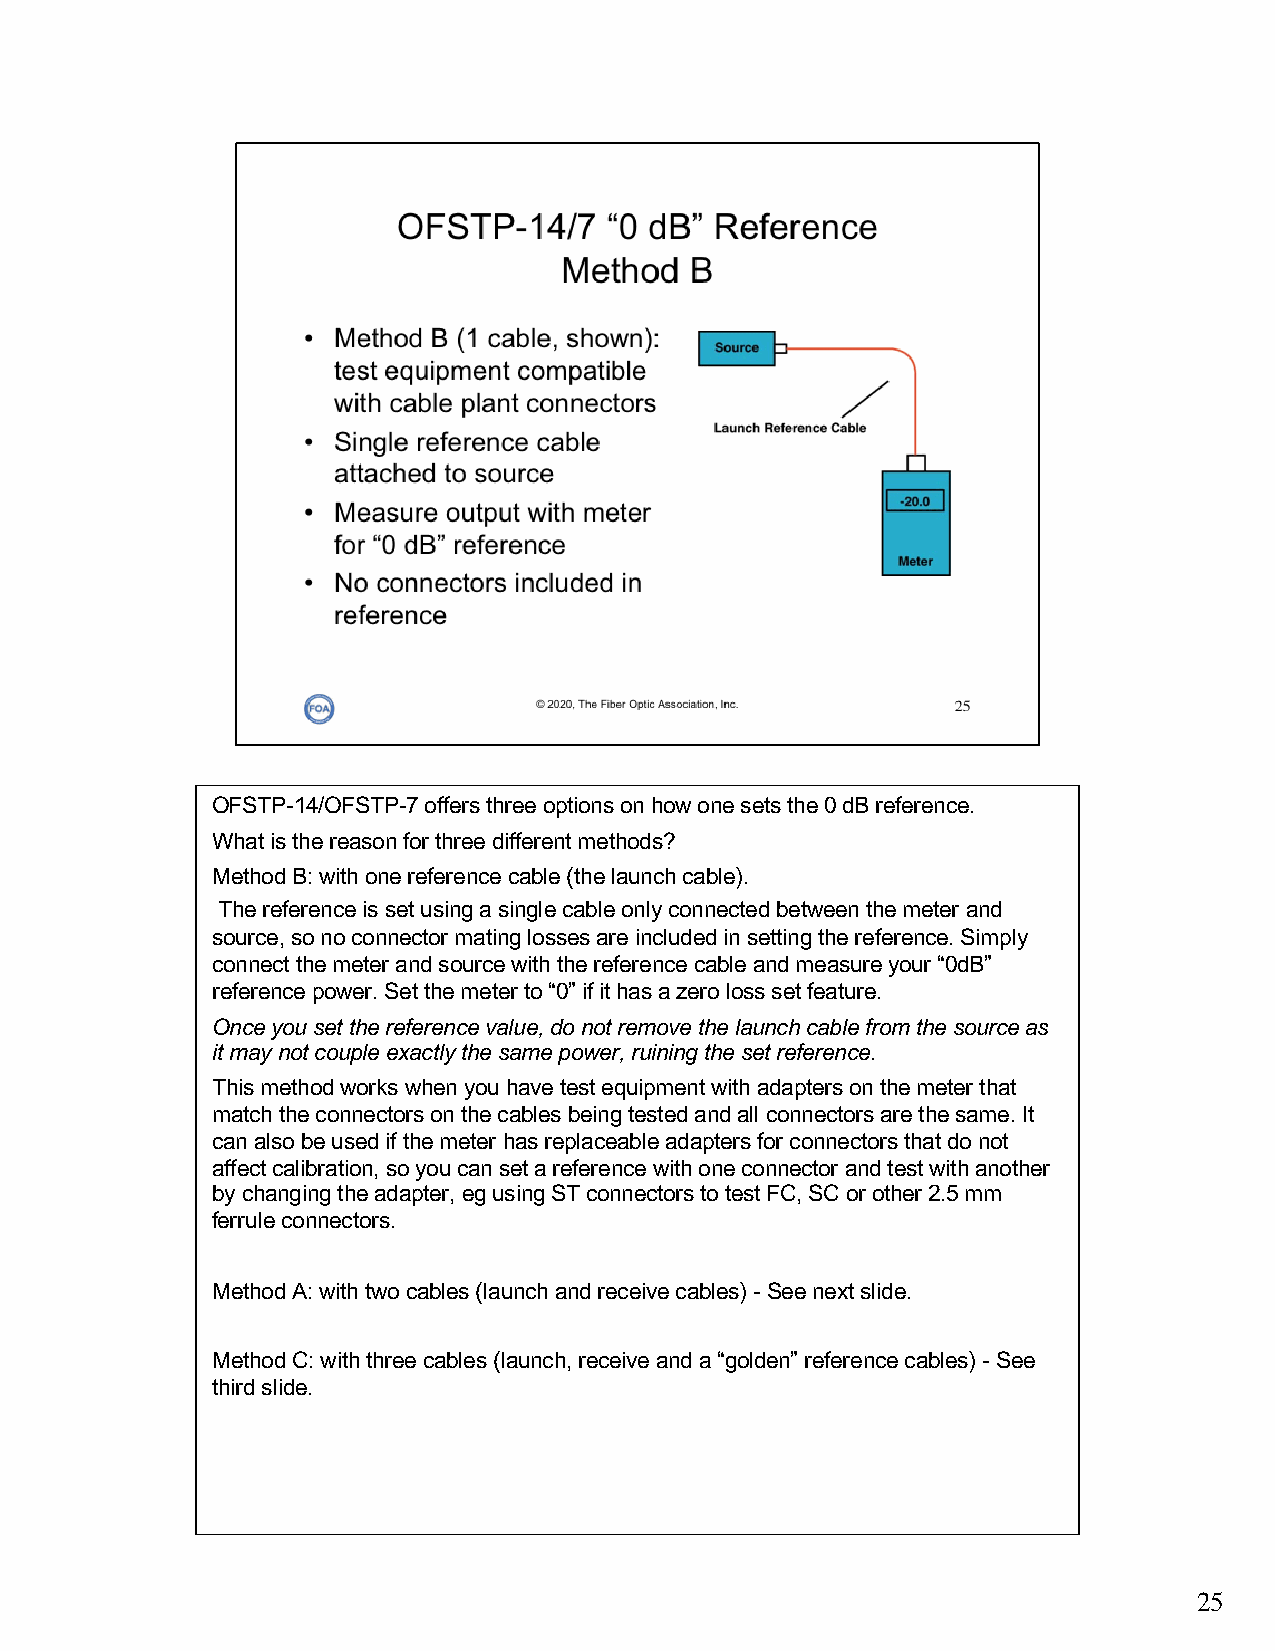
OFSTP-14/OFSTP-7 offers three options on how one sets the 0 dB reference.
 What is the reason for three different methods?
 Method B: with one reference cable (the launch cable).
 The reference is set using a single cable only connected between the meter and
 source, so no connector mating losses are included in setting the reference. Simply
 connect the meter and source with the reference cable and measure your “0dB”
 reference power. Set the meter to “0” if it has a zero loss set feature.
 Once you set the reference value, do not remove the launch cable from the source as
 it may not couple exactly the same power, ruining the set reference.
 This method works when you have test equipment with adapters on the meter that
 match the connectors on the cables being tested and all connectors are the same. It
 can also be used if the meter has replaceable adapters for connectors that do not
 affect calibration, so you can set a reference with one connector and test with another
 by changing the adapter, egusing ST connectors to test FC, SC or other 2.5 mm
 ferrule connectors.
 Method A: with two cables (launch and receive cables) -See next slide.
 Method C: with three cables (launch, receive and a “golden” reference cables) -See
 third slide.
 25